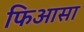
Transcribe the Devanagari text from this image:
फिआसा